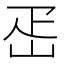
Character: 𡶕